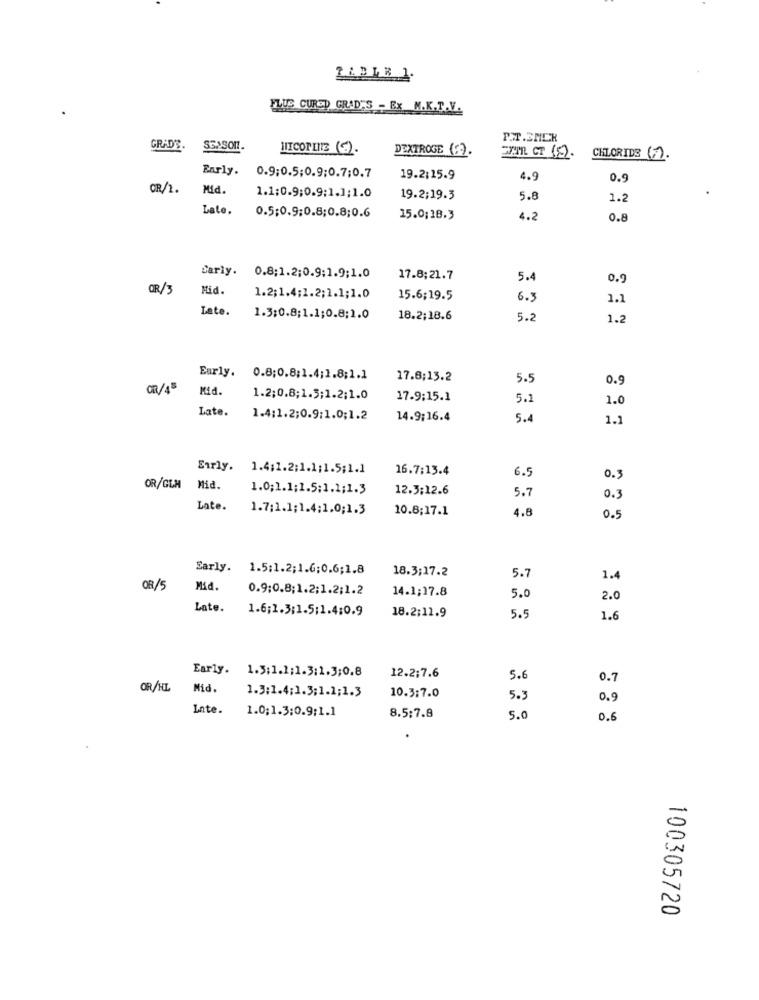
PLUS CURED GRAD'S - Ex M.K.T.V.
P.T.3MCR
GRAD'S
SEASON !.
HICONLINE ().
DEXTROGE ().
CHLORIDE (2.
Early.
0.9;0.5;0.9;0.7;0.7
19.2:15.9
4.9
0.9
CR/1.
Mid.
1.1;0.9;0.9;1.1;1.0
19.2:19.3
5.8
1.2
Late.
0.5;0.9:0.8;0.8;0.6
15.0;18.3
4.2
0.8
Carly.
0.8;1.2;0.9:1.9;1.0
17.8;21.7
5.4
0.9
OR/3
Mid.
1.2;1.4;1.2;1.1;1.0
15.6;19.5
6.3
1.1
Late.
1.3:0.8;1.1;0.8:1.0
18.2;18.6
5.2
1.2
Early.
0.8;0.8;1.4;1.8;1.1
17.6;13.2
5.5
0.9
OR/45
Mid.
1.2;0.8;1.5;1.2;1.0
17.9:15.1
5.1
1.0
Late.
1.4:1.2;0.9:1.0;1.2
14.9:16.4
5.4
1.1
Early. 1.4;1.2;1.1;1.5;1.1
16.7:13.4
6.5
0.3
OR/GLM
Mid.
1.0;1.1;1.5:1.1;1.3
12.3:12.6
5.7
0.3
Late.
1.7;1.1;1.4:1.0;1.3
10.8;17.1
4.8
0.5
Early. 1.5:1.2;1.6;0.6;1.8
18.3;17.2
5.7
1.4
08/5
Mid.
0.9;0.8;1.2;1.2;1.2
14.1;17.8
5.0
2.0
Late.
1.6;1.3;1.5:1.4:0.9
18.2:11.9
5.5
1.6
Early.
1.5;1.1;1.3:1.3;0.8
12.2:7.6
5.6
0.7
OR/HL
Mid.
1.3:1.4;1.3;1.1;1.3
10.3:7.0
5.3
0.9
Inte.
1.0;1.3:0.9:1.1
8.5:7.8
5.0
0.6
100305720